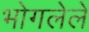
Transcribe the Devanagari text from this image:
भोगलेले